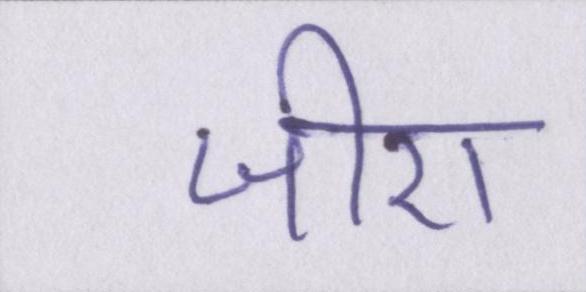
जीरा